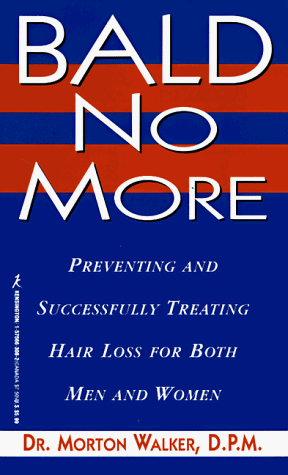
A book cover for Bald No More; Morton Walker; Health, Fitness & Dieting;